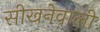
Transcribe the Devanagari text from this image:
सीखनेवाली